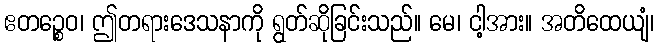
ဧတဉ္စေဝ၊ ဤတရားဒေသနာကို ရွတ်ဆိုခြင်းသည်။ မေ၊ ငါ့အား။ အတိထေယျံ၊